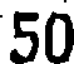
50